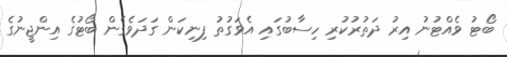
ބޯޓު ވެއްޓުނު އިރު ދަތުރުކުރި ހިސާބުގައި އެވަގުތު ފިނިކަން ގަދަވެގެން ބޯޓުގެ އިންޖީނުގެ